Insane asylums in Bengal annual reports 1867-1875 - 1867-1875
Year: 1867
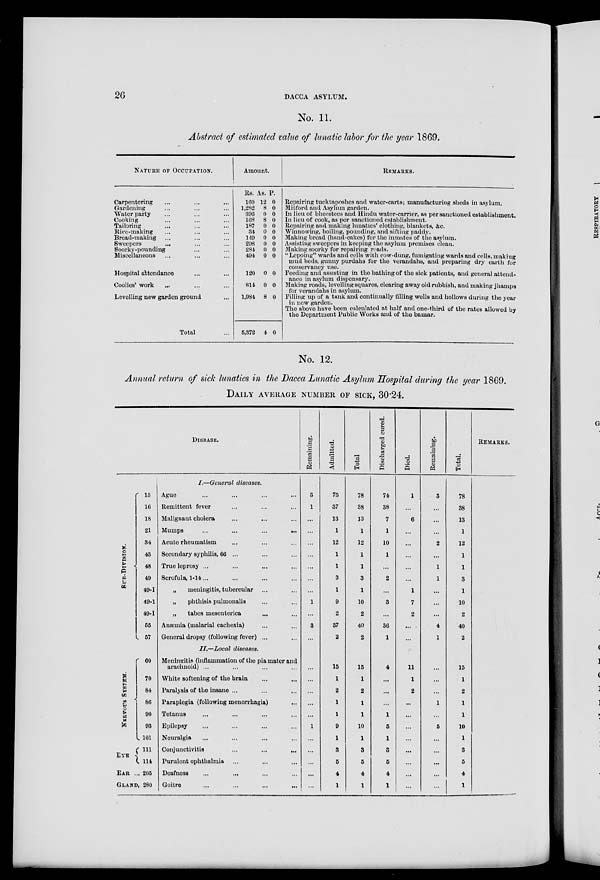
26
DACCA ASYLUM.
No. 11.
Abstract of estimated value of lunatic labor for the year 1869.
NATURE OF OCCUPATION.
Carpentering ... ... ...
Gardening ... ... ...
Water party ... ... ...
Cooking ... ... ...
Tailoring ... ... ...
Rice-making ... ... ...
Bread-making ... ... ...
Sweepers ... ... ...
Soorky-pounding ... ...
Miscellaneons ... ... ...
Hospital attendance ... ...
Coolies' work ... ... ...
Levelling new garden ground ...
Total ...
Amount.
Rs.
160
1,282
396
168
187
34
149
298
284
494
120
814
1,984
5,372
As.
12
8
0
8
0
0
0
0
0
0
0
0
8
4
P.
0
0
0
0
0
0
0
0
0
0
0
0
0
0
REMARKS.
Repairing tucktaposhes and water-carts; manufacturing sheds in asylum.
Mitford and Asylum garden.
In lieu of bheestees and Hindu water-carrier, as per sanctioned establishment.
In lieu of cook, as per sanctioned establishment.
Repairing and making lunatics' clothing, blankets, &c.
Winnowing, boiling, pounding, and sifting paddy.
Making bread (hand-cakes) for the inmates of the asylum.
Assisting sweepers in keeping the asylum premises clean.
Making soorky for repairing roads.
"Lepoing" wards and cells with cow-dung, fumigating wards and cells, making
mud beds, gunny purdahs for the verandahs, and preparing dry earth for
conservancy use.
Feeding and assisting in the bathing of the sick patients, and general attend-
ance in asylum dispensary.
Making roads, levelling squares, clearing away old rubbish, and making jhamps
for verandahs in asylum.
Filling up of a tank and continually filling wells and hollows during the year
in new garden.
The above have been calculated at half and one-third of the rates allowed by
the Department Public Works and of the bazaar.
No. 12.
Annual return of sick lunatics in the Dacca Lunatic Asylum Hospital during the year 1869.
DAILY AVERAGE NUMBER OF SICK, 30.24.
DISEASE.
SUB-DIVISION.
15
16
18
21
34
43
48
49
49-I
49-I
49-I
55
57
NERVOUS
SYSTEM.
EYE
60
70
84
86
90
93
101
111
114
EAR ... 205
GLAND, 280
I.—General diseases.
Ague ... ... ... ...
Remittent fever ... ... ...
Malignant cholera ... ... ...
Mumps
...
...
...
...
Acute rheumatism ... ... ...
Secondary syphilis, 66 ... ... ...
True leprosy ... ... ... ...
Scrofula, 1-14... ... ... ...
„
meningitis, tubercular ... ...
„
phthisis pulmonalis ... ...
„
tabes mesonterica ... ...
Anæmia (malarial cachexia) ... ...
General dropsy (following fever) ... ...
II.—Local
diseases.
Meningitis (inflammation of the pia mater and
arachnoid) ... ... ... ...
White softening of the brain ... ...
Paralysis of the insane ... ... ...
Paraplegia (following monorrhagia) ...
Tetanus ... ... ... ...
Epilepsy ... ... ... ...
Neuralgia ... ... ... ...
Conjunctivitis ... ... ...
Purulent ophthalmia ... ... ...
Deafness ... ... ... ...
Goitre ... ... ... ...
Remaining.
3
1
...
...
...
...
...
...
...
1
...
3
...
...
...
...
...
...
1
...
...
...
...
...
Admitted.
75
37
13
1
12
1
1
3
1
9
2
37
2
15
1
2
1
1
9
1
3
5
4
1
Total
78
38
13
1
12
1
1
3
1
10
2
40
2
15
1
2
1
1
10
1
3
5
4
1
Discharged cured.
74
38
7
1
10
1
...
2
...
3
...
36
1
4
...
...
...
1
5
1
3
5
4
1
Died.
1
...
6
...
...
...
...
...
1
7
2
...
...
11
1
2
...
...
...
...
...
...
...
...
Remaining.
3
...
...
...
2
...
1
1
...
...
...
4
1
...
...
...
1
...
5
...
...
...
...
...
Total.
78
38
13
1
12
1
1
3
1
10
2
40
2
15
1
2
1
1
10
1
3
5
4
1
REMARKS.